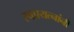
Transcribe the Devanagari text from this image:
स्वप्रयत्‍नांनी